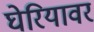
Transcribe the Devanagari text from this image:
घेरियावर